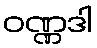
ဝဏ္ဏဒါ